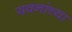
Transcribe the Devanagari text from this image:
यवनांच्या